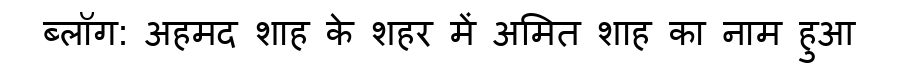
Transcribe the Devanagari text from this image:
ब्लॉग: अहमद शाह के शहर में अमित शाह का नाम हुआ